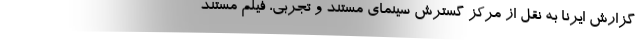
گزارش ایرنا به نقل از مرکز گسترش سینمای مستند و تجربی، فیلم مستند